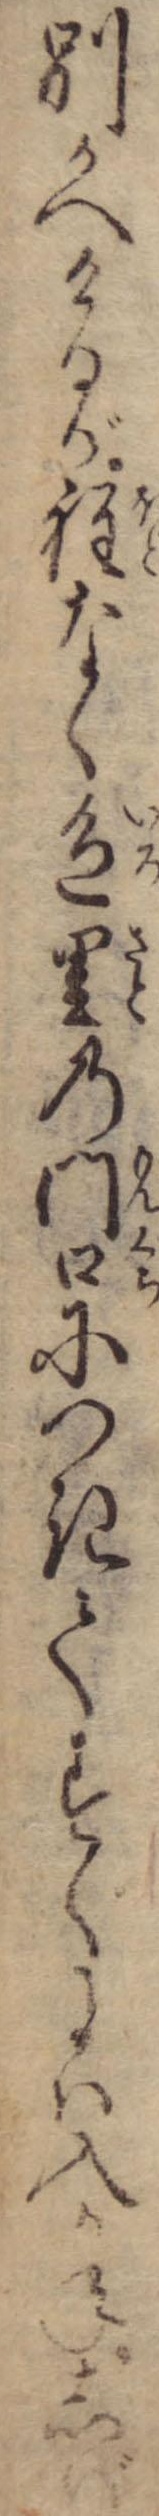
別かへけるが程なく色里の門口につきてすくには入かねしば